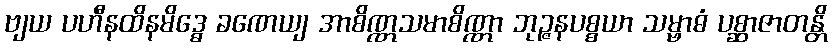
ဗျယ ပဟီနထိနမိဒ္ဓေ ခဏေယျ အာစိဏ္ဏသမာစိဏ္ဏာ ဘုဉ္ဇနပစ္စယာ သမ္ဗာဓံ ပစ္ဆာဇာတန္တိ